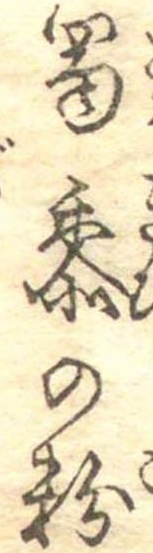
蜀黍の粉